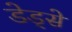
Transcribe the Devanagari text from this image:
डेड्से